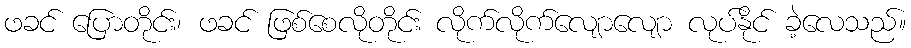
ဖခင် ပြောတိုင်း၊ ဖခင် ဖြစ်စေလိုတိုင်း လိုက်လိုက်လျောလျော လုပ်နိုင် ခဲ့လေသည်။